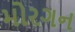
મોરગન